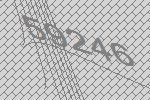
59246